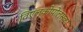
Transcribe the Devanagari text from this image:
विएल्कोपोलस्का